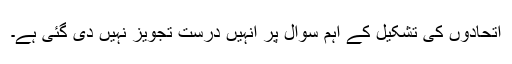
اتحادوں کی تشکیل کے اہم سوال پر انہیں درست تجویز نہیں دی گئی ہے۔